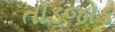
તોડજોડ